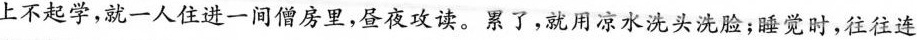
上不起学，就一人住进一间僧房里，昼夜攻读。累了，就用凉水洗头洗脸；睡觉时，往往连